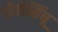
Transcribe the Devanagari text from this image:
होतोसिंधू